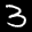
Label: 3